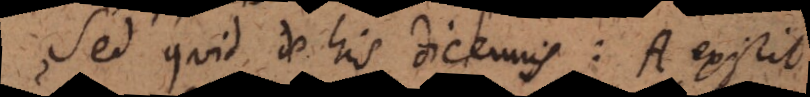
Sed quid de his dicemus: A exist